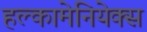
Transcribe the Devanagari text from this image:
हल्कामेनियेक्स